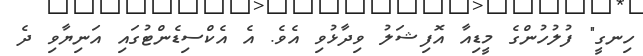
ހިނގީ" ފުލުހުންގެ މީޑިއާ އޮފިޝަލު ވިދާޅުވި އެވެ. އެ އެކްސިޑެންޓުގައި އަނިޔާވި ދެ